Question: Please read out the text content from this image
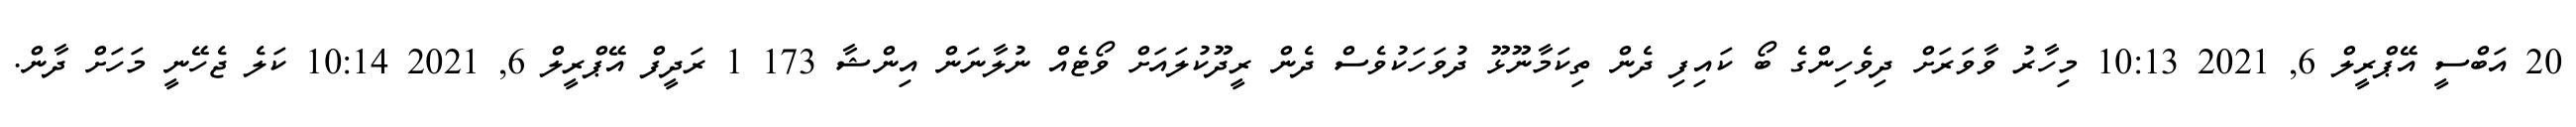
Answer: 20 އަބްސީ އޭޕްރީލް 6, 2021 10:13 މިހާރު ވާވަރަށް ދިވެހިންގެ ބޯ ކައިފި ދެން ތިކަމާނޫޅޫ ދުވަހަކުވެސް ދެން ރީދޫކުލައަށް ވޯޓެއް ނުލާނަން އިންޝާ 173 1 ރަދީފް އޭޕްރީލް 6, 2021 10:14 ކަލެ ޖެހޭނީ މަހަށް ދާން.